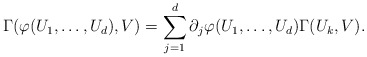
\begin{align*} \Gamma(\varphi(U_1,\dots,U_d),V) = \sum_{j=1}^d \partial_j \varphi(U_1,\dots,U_d) \Gamma(U_k,V).\end{align*}